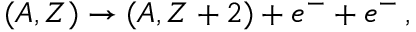
( A , Z ) \to ( A , Z + 2 ) + e ^ { - } + e ^ { - } \, ,